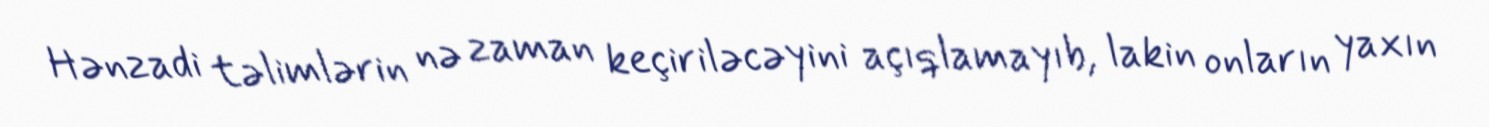
Hənzadi təlimlərin nə zaman keçiriləcəyini açıqlamayıb, lakin onların yaxın